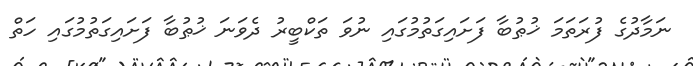
ނަމާދުގެ ފުރަތަމަ ޚުޠުބާ ފަށައިގަތުމުގައި ނުވަ ތަކްބީރު ދެވަނަ ޚުޠުބާ ފަށައިގަތުމުގައި ހަތް